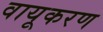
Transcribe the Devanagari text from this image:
वायूकरण